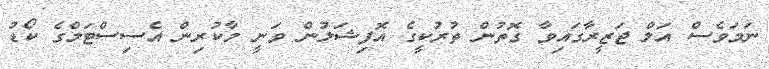
ނަމަވެސް އަލް ޖަޒީރާގައިވާ ގޮތުން ތުރުކީގެ އޮފިޝަލުން ވަނީ މާކުރިން އެސިސްޓަމްގެ ކޯޑު